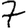
Digit: 7